Report on the working of the Ranchi Indian Mental Hospital, Kanke, in Bihar and Orissa - 1930-1940
Year: 1930
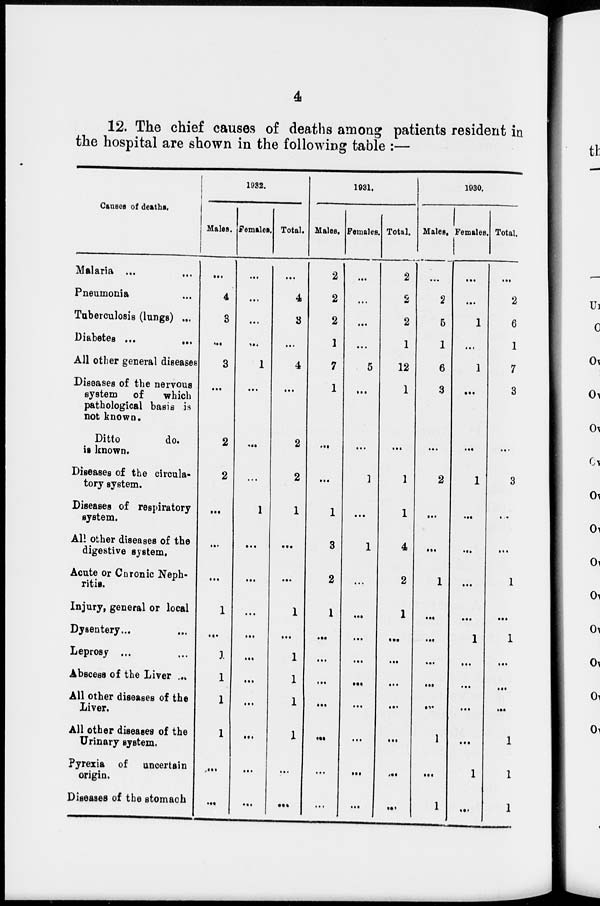
4
12. The chief causes of deaths among patients resident in
the hospital are shown in the following table :—
Causes of deaths.
Malaria ... ...
Pneumonia ...
Tuberculosis (lungs) ...
Diabetes ...
...
All other general diseases
Diseases of the nervous
system of
which
pathological basis is
not known.
Ditto
do.
it known.
Diseases of the circula-
tory system.
Diseases of respiratory
system.
All other diseases of the
digestive system.
Acute or Chronic Neph-
ritis.
Injury, general or local
Dysentery...
Leprosy ...
Abscess of the Liver ...
All other diseases of the
Liver.
All other diseases of the
Urinary system.
Pyrexia of uncertain
origin.
Diseases of the stomach
1932.
Males.
..
4
3
...
3
...
2
2
...
...
...
1
...
1
1
1
1
...
...
Females.
...
...
...
...
1
...
...
...
1
...
...
...
...
...
...
...
...
...
...
Total.
...
4
3
...
4
...
2
2
1
...
...
1
...
1
1
1
1
...
...
1931.
Males.
2
2
2
1
7
1
...
...
1
3
2
1
...
...
...
...
...
...
...
Females.
...
...
...
...
5
...
...
1
...
1
...
...
...
...
...
...
...
...
...
Total.
2
2
2
1
12
1
...
1
1
4
2
1
...
...
...
...
...
...
...
1930.
Males.
...
2
5
1
6
3
...
2
...
...
1
...
...
...
...
...
1
...
1
Females.
...
...
1
...
1
...
...
1
...
...
...
...
1
...
...
...
...
1
...
Total.
...
2
6
1
7
3
...
3
...
...
1
...
1
...
...
...
1
1
1